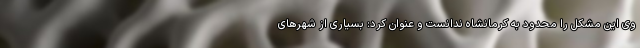
وی این مشکل را محدود به کرمانشاه ندانست و عنوان کرد: بسیاری از شهرهای